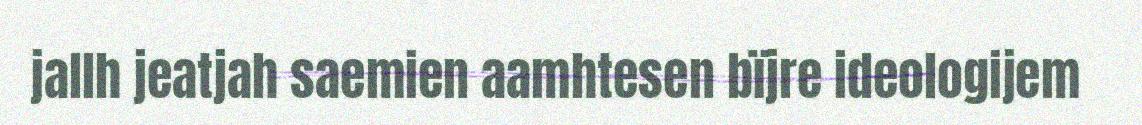
jallh jeatjah saemien aamhtesen bïjre ideologijem